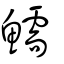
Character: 鱬